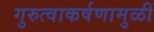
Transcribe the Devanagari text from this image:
गुरुत्वाकर्षणामुळीं